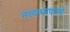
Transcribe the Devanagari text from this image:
नव्यभाषाओं